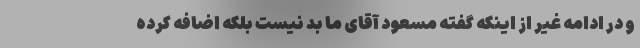
و در ادامه غیر از اینکه گفته مسعود آقای ما بد نیست بلکه اضافه کرده